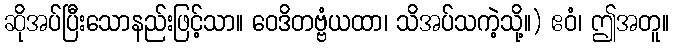
ဆိုအပ်ပြီးသောနည်းဖြင့်သာ။ ဝေဒိတဗ္ဗံယထာ၊ သိအပ်သကဲ့သို့။) ဧဝံ၊ ဤအတူ။